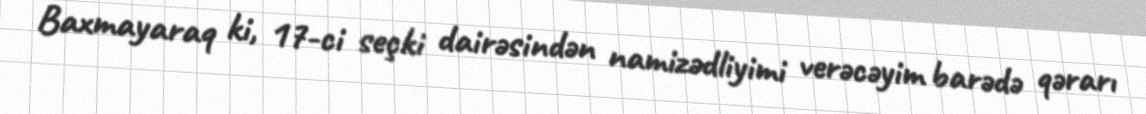
Baxmayaraq ki, 17-ci seçki dairəsindən namizədliyimi verəcəyim barədə qərarı